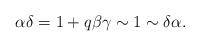
LaTeX: \begin{align*}\alpha\delta = 1+q\beta\gamma \sim 1 \sim \delta\alpha .\end{align*}